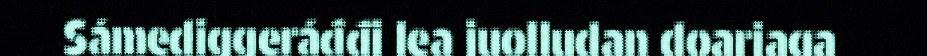
Sámediggeráđđi lea juolludan doarjaga